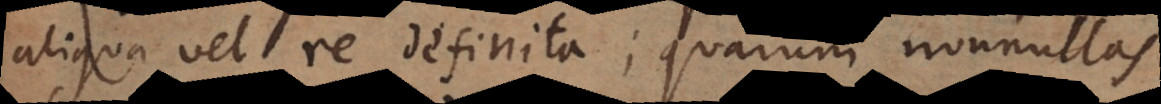
aliqua vel re definita; quarum nonnullas